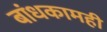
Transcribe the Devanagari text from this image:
बांधकामही